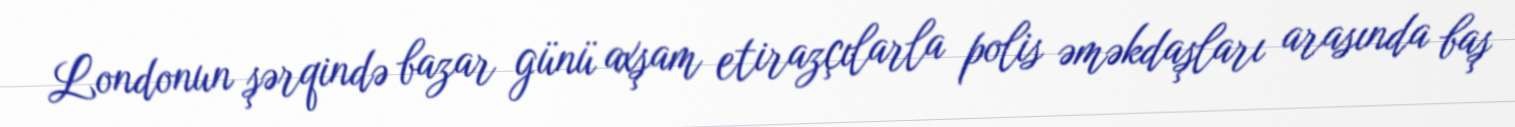
Londonun şərqində bazar günü axşam etirazçılarla polis əməkdaşları arasında baş